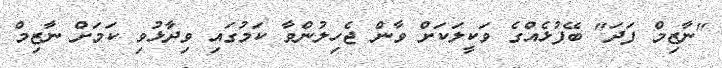
"ނާޒިމް ފަދަ" ބޭފުޅެއްގެ ވަކީލަކަށް ވާން ޖެހިލުންވާ ކަމުގައި ވިދާޅުވި ކަމަށް ނާޒިމް